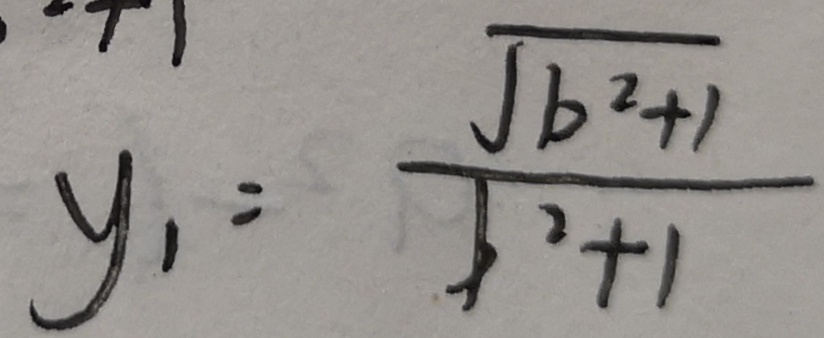
y _ { 1 } = \frac { \sqrt { b ^ { 2 } + 1 } } { \sqrt { b ^ { 2 } + 1 } }